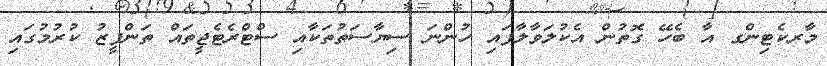
މާރކެޓިންގ އާ ބެހޭ ގޮތުން އެކުލަވާލާފައި ހުންނަ ސިޔާސަތުތަކާއި ސްޓްރެޓެޖީތައް ތަންފީޒު ކުރުމުގައި